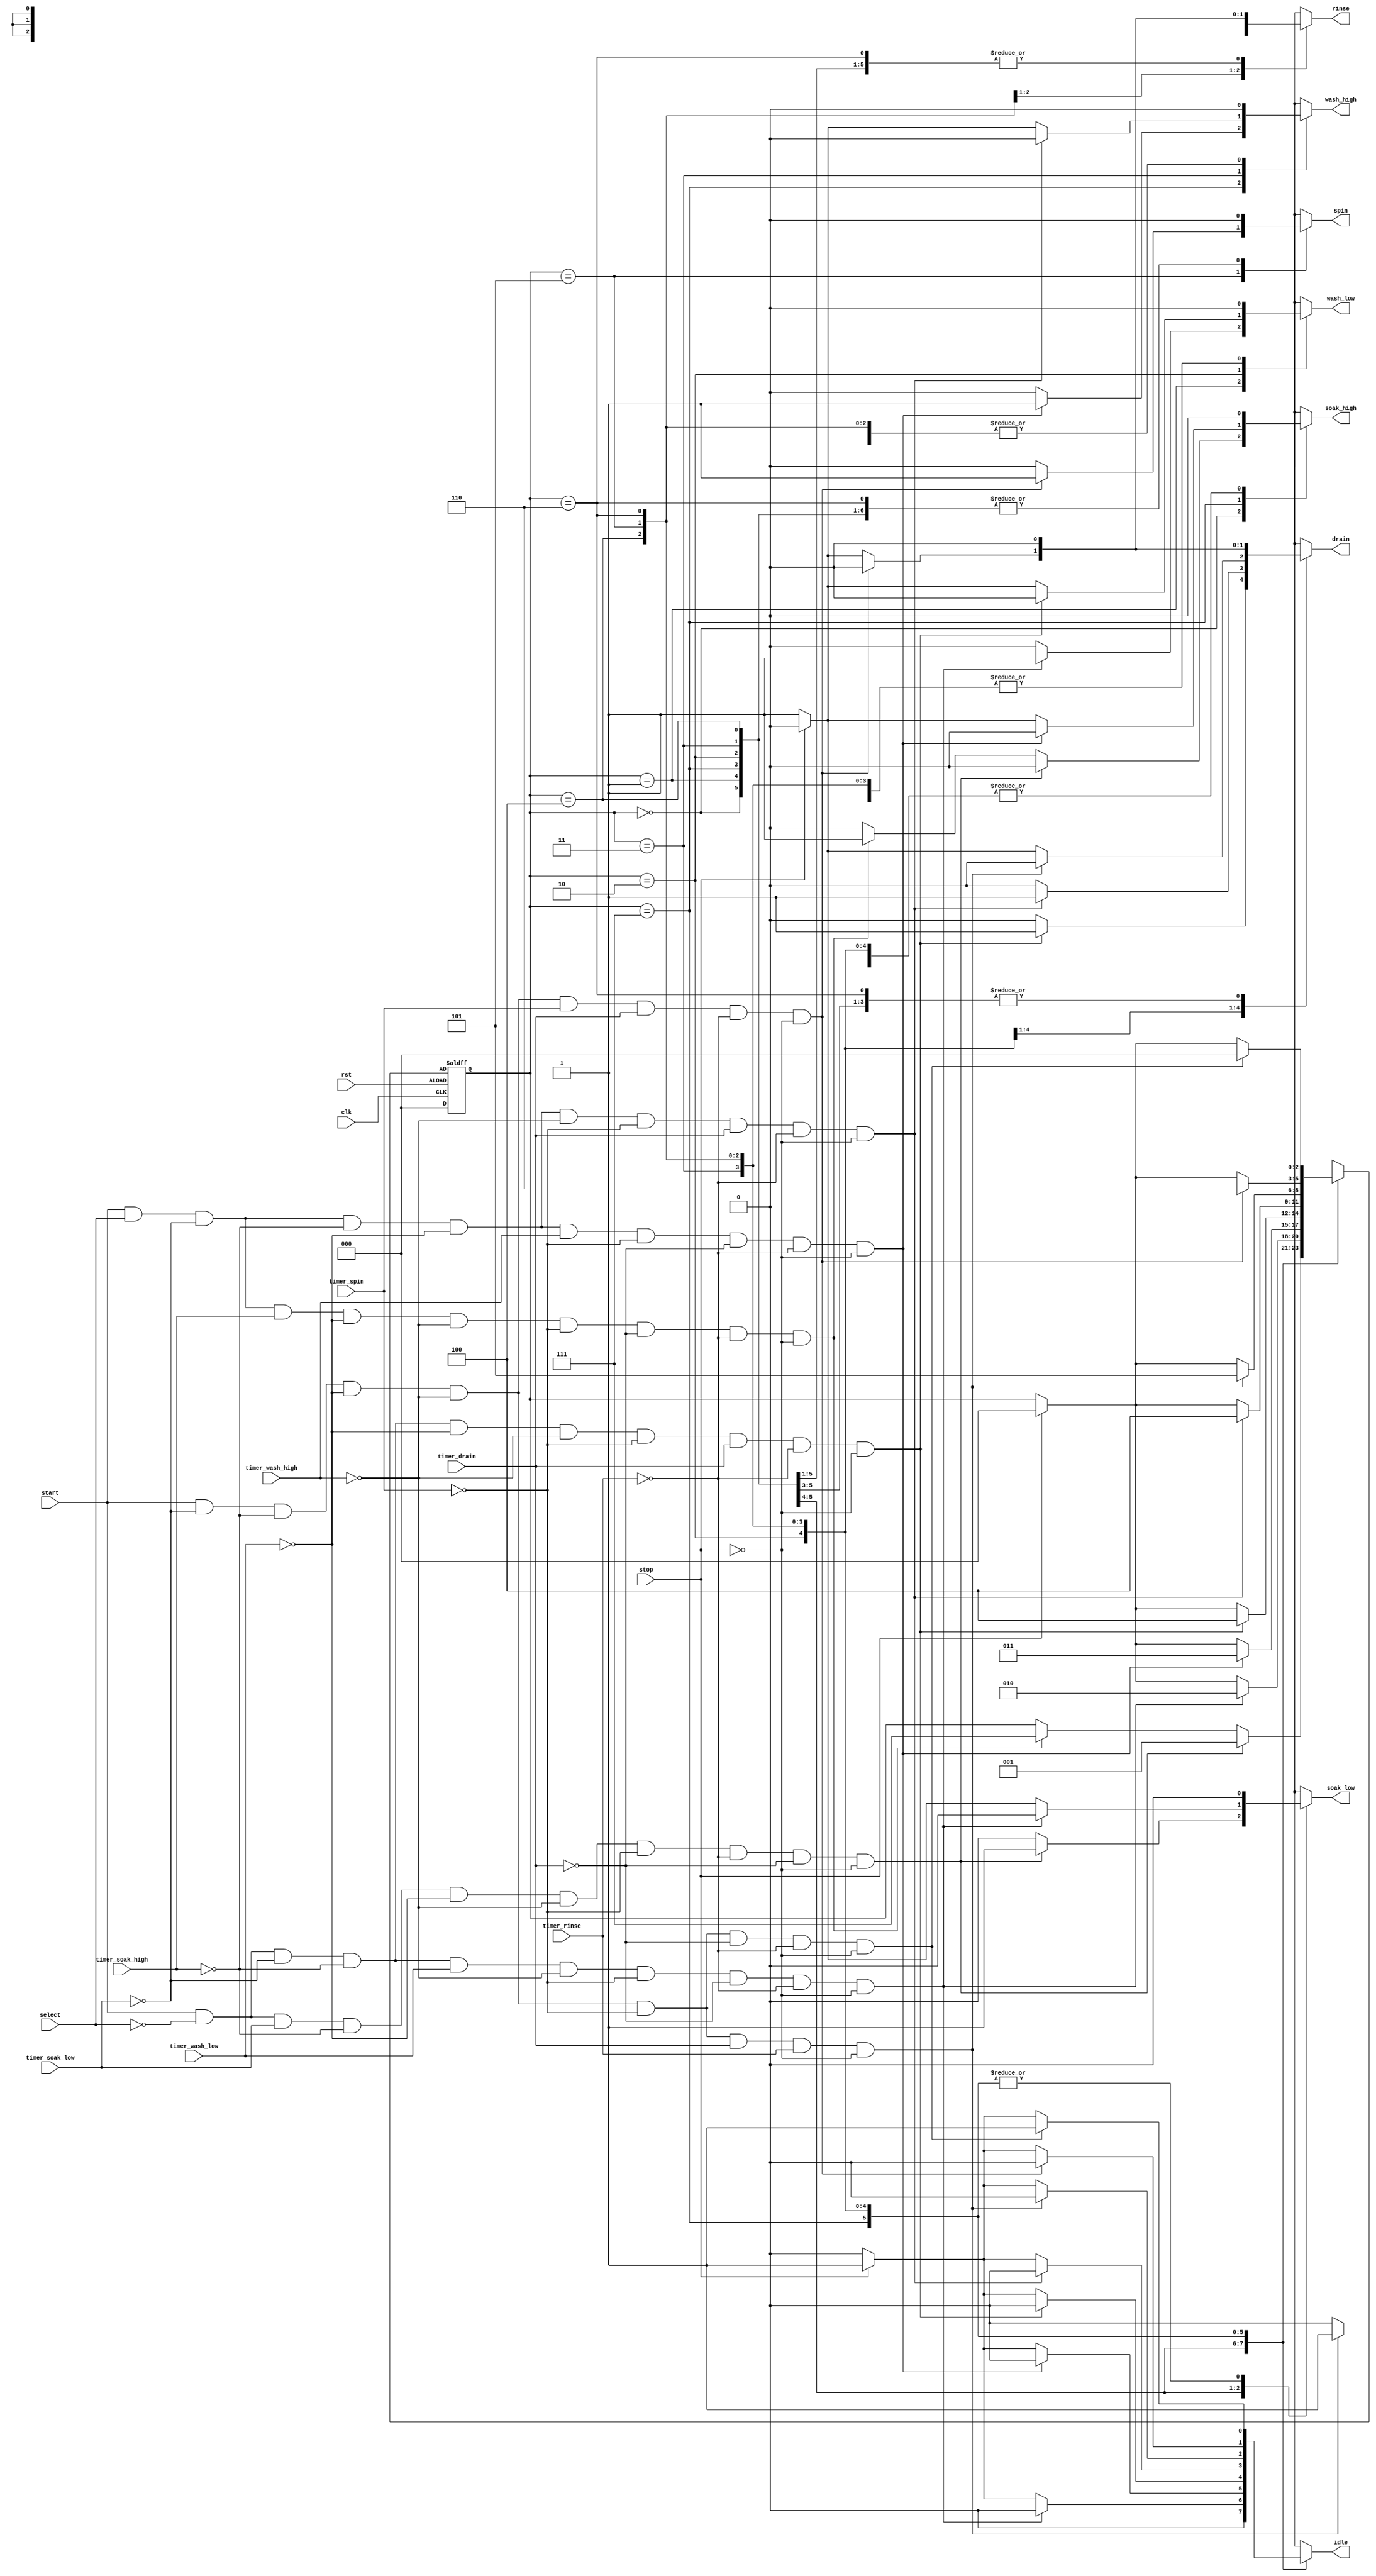
module washing_machine(output reg idle,soak_low,soak_high,wash_low,wash_high,rinse,spin,drain,input clk,rst,start,select,stop,timer_soak_low,timer_soak_high,timer_wash_low,timer_wash_high,timer_spin,timer_rinse,timer_drain);


reg [2:0]cs,ns;    //cs- current state, ns-next state

// Defining parameters(States)

parameter IDLE=3'b000;
parameter SOAK=3'b001;
parameter SOAK2=3'b111;
parameter WASH=3'b010;
parameter WASH2=3'b011;
parameter DRAIN=3'b100;
parameter RINSE=3'b101;
parameter SPIN=3'b110;




always@(cs or start or timer_soak_low or timer_soak_high or timer_wash_low or timer_wash_high or timer_spin or timer_rinse  or timer_drain or stop)

begin

case(cs)
IDLE:
     if(start==1 && select==0 && timer_soak_low==1 && timer_soak_high==0 && timer_wash_low==0 && timer_wash_high==0 && timer_spin==0 && timer_rinse==0 && timer_drain==0 && stop==0)
                         begin
                         ns<=SOAK;
                         soak_low<=1;
                         soak_high<=0;
                         wash_low<=0;
                         wash_high<=0;
                         drain<=0;
                         rinse<=0;
                         spin<=0;
                         idle<=0;
                         end
     else if(start==1 && select==1 && timer_soak_low==0 && timer_soak_high==1 && timer_wash_low==0 && timer_wash_high==0 && timer_spin==0 && timer_drain==0 && timer_rinse==0  && stop==0)
                        begin
                        ns<=SOAK2;
                        soak_low<=0;
                        soak_high<=1;
                        wash_low<=0;
                        wash_high<=0;
                        drain<=0;
                        rinse<=0;
                        spin<=0;
                        idle<=0;
                        end
      else
                        begin
                        ns<=cs;
                        soak_low<=0;
                        soak_high<=0;
                        wash_low<=0;
                        wash_high<=0;
                        drain<=0;
                        rinse<=0;
                        spin<=0;
                        idle<=0;
                        end
        
SOAK:
           if(start==1 && select==0 && timer_soak_low==0 && timer_soak_high==0 && timer_wash_low==1 && timer_wash_high==0 && timer_spin==0 && timer_drain==0 && timer_rinse==0  && stop==0)
                           begin
                            ns<=WASH;
                            soak_low<=0;
                            soak_high<=0;
                            wash_low<=1;
                            wash_high<=0;
                            drain<=0;
                            rinse<=0;
                            spin<=0;
                            idle<=0;
                            end

            else if(stop==1)
                begin
                ns<=IDLE;
                soak_low<=0;
                soak_high<=0;
                wash_low<=0;
                wash_high<=0;
                drain<=0;
                rinse<=0;
                spin<=0;
                idle<=1;
                end
                
            else
                begin
                ns<=cs;
                soak_low<=1;
                soak_high<=0;
                wash_low<=0;
                wash_high<=0;
                drain<=0;
                rinse<=0;
                spin<=0;
                idle<=0;
                end
                
SOAK2:
           if(start==1 && select==1 && timer_soak_low==0 && timer_soak_high==0 && timer_wash_low==0 && timer_wash_high==1 && timer_spin==0 && timer_drain==0 && timer_rinse==0  && stop==0)
                            begin
                            ns<= WASH2;
                            soak_low<=0;
                            soak_high<=0;
                            wash_low<=0;
                            wash_high<=1;
                            drain<=0;
                            rinse<=0;
                            spin<=0;
                            idle<=0;
                            end
            else if(stop==1)
                begin
                ns<=IDLE;
                soak_low<=0;
                soak_high<=0;
                wash_low<=0;
                wash_high<=0;
                drain<=0;
                rinse<=0;
                spin<=0;
                idle<=1;
                end
                
            else
                begin
                ns<=cs;
                soak_low<=0;
                soak_high<=1;
                wash_low<=0;
                wash_high<=0;
                drain<=0;
                rinse<=0;
                spin<=0;
                idle<=0;
                end
                            
            
WASH:
            if(start==1 && select==0 && timer_soak_low==0 && timer_soak_high==0 && timer_wash_low==0 && timer_wash_high==0 && timer_spin==0 && timer_drain==1 && timer_rinse==0  && stop==0)
                                begin
                                ns<=DRAIN;
                                soak_low<=0;
                                soak_high<=0;
                                wash_low<=0;
                                wash_high<=0;
                                drain<=1;
                                rinse<=0;
                                spin<=0;
                                idle<=0;
                                end
            else if(stop==1)
                           begin
                           ns<=IDLE;
                           soak_low<=0;
                           soak_high<=0;
                           wash_low<=0;
                           wash_high<=0;
                           drain<=0;
                           rinse<=0;
                           spin<=0;
                           idle<=1;
                           end  
                
            else
                begin
                ns<=cs;
                soak_low<=0;
                soak_high<=0;
                wash_low<=1;
                wash_high<=0;
                drain<=0;
                rinse<=0;
                spin<=0;
                idle<=0;
                end  
                        
WASH2:
      if(start==1 && select==1 && timer_soak_low==0 && timer_soak_high==0 && timer_wash_low==0 && timer_wash_high==0 && timer_spin==0 && timer_drain==1 && timer_rinse==0  && stop==0)
                                begin
                                ns<=DRAIN;
                                soak_low<=0;
                                soak_high<=0;
                                wash_low<=0;
                                wash_high<=0;
                                drain<=1;
                                rinse<=0;
                                spin<=0;
                                idle<=0;
                                end
            else if(stop==1)
                           begin
                           ns<=IDLE;
                           soak_low<=0;
                           soak_high<=0;
                           wash_low<=0;
                           wash_high<=0;
                           drain<=0;
                           rinse<=0;
                           spin<=0;
                           idle<=1;
                           end                  
            else
                begin
                ns<=cs;
                soak_low<=0;
                soak_high<=0;
                wash_low<=0;
                wash_high<=1;
                drain<=0;
                rinse<=0;
                spin<=0;
                idle<=0;
                end 
                
                
DRAIN:
            if(start==1 &&  timer_soak_low==0 && timer_soak_high==0 && timer_wash_low==0 && timer_wash_high==0 && timer_spin==0 && timer_drain==1 && timer_rinse==1  && stop==0)
                             begin
                             ns<=RINSE;
                             soak_low<=0;
                             soak_high<=0;
                             wash_low<=0;
                             wash_high<=0;
                             drain<=0;
                             rinse<=1;
                             spin<=0;
                             idle<=0;
                             end
            else if(stop==1)
                           begin
                           ns<=IDLE;
                           soak_low<=0;
                           soak_high<=0;
                           wash_low<=0;
                           wash_high<=0;
                           drain<=0;
                           rinse<=0;
                           spin<=0;
                           idle<=1;
                           end  
            else
                begin
                ns<=cs;
                soak_low<=0;
                soak_high<=0;
                wash_low<=0;
                wash_high<=0;
                drain<=1;
                rinse<=0;
                spin<=0;
                idle<=0;
                end 
        
RINSE:
            if(start==1 &&  timer_soak_low==0 && timer_soak_high==0 && timer_wash_low==0 && timer_wash_high==0 && timer_spin==1 && timer_drain==1 && timer_rinse==0  && stop==0)
                             begin
                             ns<=SPIN;
                             soak_low<=0;
                             soak_high<=0;
                             wash_low<=0;
                             wash_high<=0;
                             drain<=0;
                             rinse<=0;
                             spin<=1;
                             idle<=0;
                             end 
            else if(stop==1)
                           begin
                           ns<=IDLE;
                           soak_low<=0;
                           soak_high<=0;
                           wash_low<=0;
                           wash_high<=0;
                           drain<=0;
                           rinse<=0;
                           spin<=0;
                           idle<=1;
                           end              
            else
                begin
                ns<=cs;
                soak_low<=0;
                soak_high<=0;
                wash_low<=0;
                wash_high<=0;
                drain<=1;
                rinse<=1;
                spin<=0;
                idle<=0;
                end 
        
SPIN:
            if(start==1 &&  timer_soak_low==0 && timer_soak_high==0 && timer_wash_low==0 && timer_wash_high==0 && timer_spin==0 && timer_drain==0 && timer_rinse==0  && stop==0)
                             begin
                             ns<=IDLE;
                             soak_low<=0;
                             soak_high<=0;
                             wash_low<=0;
                             wash_high<=0;
                             drain<=0;
                             rinse<=0;
                             spin<=0;
                             idle<=1;
                             end 
            else if(stop==1)
                           begin
                           ns<=IDLE;
                           soak_low<=0;
                           soak_high<=0;
                           wash_low<=0;
                           wash_high<=0;
                           drain<=0;
                           rinse<=0;
                           spin<=0;
                           idle<=1;
                           end                               
            else
                begin
                ns<=cs;
                soak_low<=0;
                soak_high<=0;
                wash_low<=0;
                wash_high<=0;
                drain<=0;
                rinse<=0;
                spin<=0;
                idle<=0;
                end 
        
        default:
            ns<=IDLE;
                
endcase
end

always @(posedge clk or negedge rst)
begin
   if (rst)
     cs <= IDLE;
    else
     cs <= ns;
 end
 endmodule